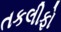
તકલીફો